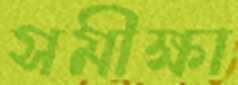
সমীক্ষা